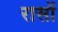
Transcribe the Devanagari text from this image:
रासों